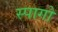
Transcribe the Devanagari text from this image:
स्पागो